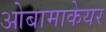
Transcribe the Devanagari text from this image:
ओबामाकेयर